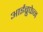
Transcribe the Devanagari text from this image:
आईब्रुफेन